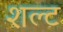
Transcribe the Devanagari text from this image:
शल्ट